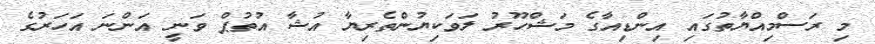
މި ރަސްމިއްޔާތުގައި އިންޑިއާގެ މަޝްހޫރު ލަވަކިޔުންތެރިޔާ އުޝާ އުތުޕް ވަނީ އަންނަ އަހަރުގެ